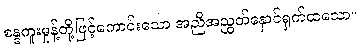
စန္ဒကူးမှုန့်တို့ဖြင့်ကောင်းသော အညီအညွတ်နှောင်ရှက်ထသော။